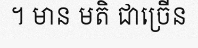
។ មាន មតិ ជាច្រើន